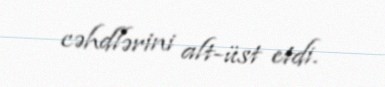
cəhdlərini alt-üst etdi.